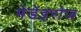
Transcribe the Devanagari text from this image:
मेडेइरोज